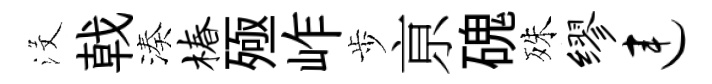
沒戟湊椿殛岞歩亰磈殊缪连